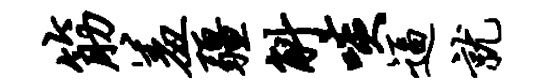
筋羞疆斛啖逼就